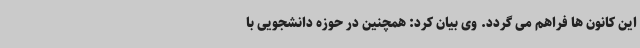
این کانون ها فراهم می گردد. وی بیان کرد: همچنین در حوزه دانشجویی با